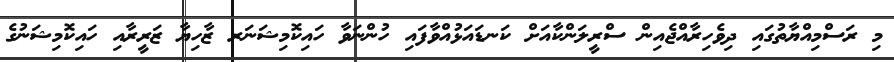
މި ރަސްމިއްޔާތުގައި ދިވެހިރާއްޖެއިން ސްރީލަންކާއަށް ކަނޑައަޅުއްވާފައި ހުންނަވާ ހައިކޮމިޝަނަރ ޒާހިޔާ ޒަރީރާއި ހައިކޮމިޝަނުގެ